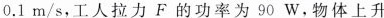
0.1m/s，工人拉力F的功率为90W，物体上升